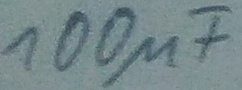
Text: 100µF